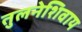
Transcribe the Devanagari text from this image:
तुलनेशिवाय